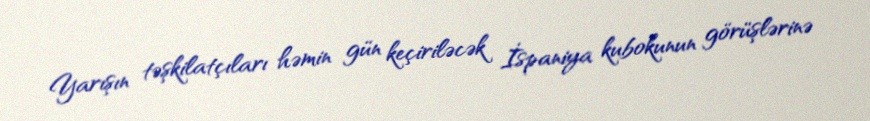
Yarışın təşkilatçıları həmin gün keçiriləcək İspaniya kubokunun görüşlərinə